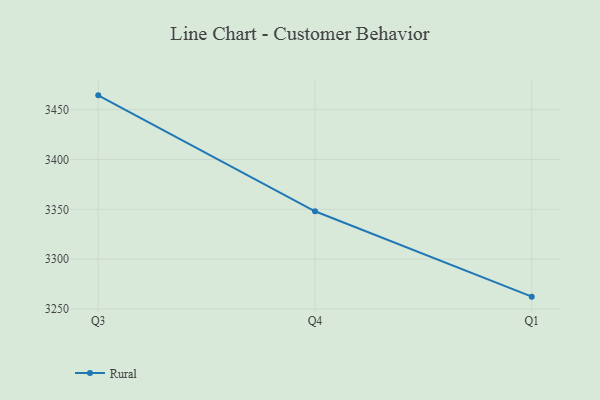
{"axis": {"x": "Quarter", "y": "Conversion Rate (%)"}, "legend": ["Rural"], "data": [{"x": "Q3", "y": 3464.3, "type": "Rural"}, {"x": "Q4", "y": 3348.0, "type": "Rural"}, {"x": "Q1", "y": 3262.4, "type": "Rural"}]}